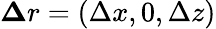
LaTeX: {\mathbf\Delta r}=(\Delta x,0,\Delta z)